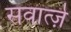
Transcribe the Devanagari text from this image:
सवार्त्ज़